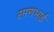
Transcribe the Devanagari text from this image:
रमणभाई